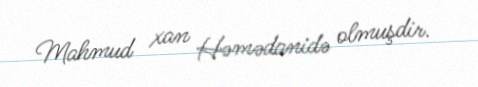
Mahmud xan Həmədanidə olmuşdir.